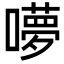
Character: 𭋥